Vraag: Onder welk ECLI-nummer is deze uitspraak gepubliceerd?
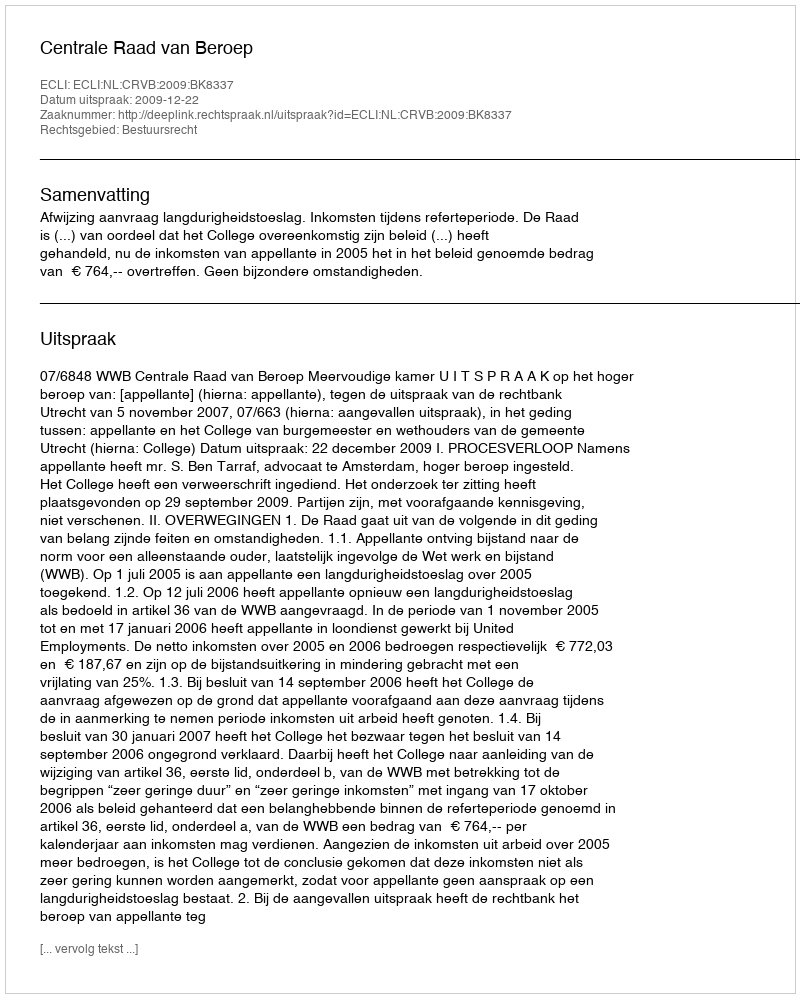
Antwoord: ECLI:NL:CRVB:2009:BK8337